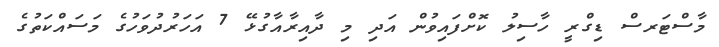
މާސްޓަރސް ޑިގްރީ ހާސިލު ކޮށްފައިވުން އަދި މި ދާއިރާއާގުޅޭ 7 އަހަރުދުވަހުގެ މަސައްކަތުގެ